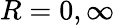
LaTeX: R=0,\infty